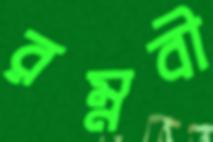
রম্নবী